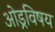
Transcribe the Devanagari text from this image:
ओड्रविषय